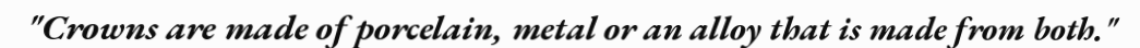
"Crowns are made of porcelain, metal or an alloy that is made from both."